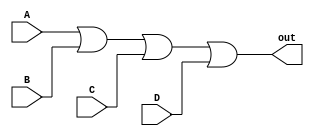
module OR_gate (
    input A,
    input B,
    input C,
    input D,
    output out
);

assign out = A | B | C | D;

endmodule